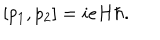
[ p _ { 1 } , p _ { 2 } ] = i e H \hbar .